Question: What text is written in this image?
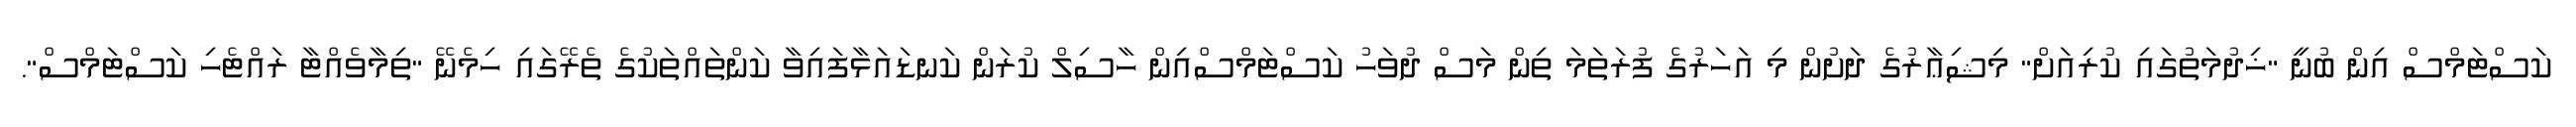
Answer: ކަސްޓަމްސް އިން ބުނީ "ޚިދުމަތުގައި ކުރިއަށް" މިޝިޢާރުގެ ދަށުން މި އަހަރުގެ ފުރަތަމަ ތިން މަސް ދުވަހު ކަސްޓަމްސްއިން ހާސިލް ކުރަން ކަނޑައަޅާފައިވާ ކަންތައްތަކުގެ ތެރޭގައި ހިމެނޭ "ތިމާވެއްޓާ ރައްޓެހި ކަސްޓަމްސް".